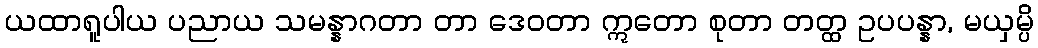
ယထာရူပါယ ပညာယ သမန္နာဂတာ တာ ဒေဝတာ ဣတော စုတာ တတ္ထ ဥပပန္နာ, မယှမ္ပိ